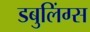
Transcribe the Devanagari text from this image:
डबुलिंग्स